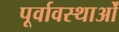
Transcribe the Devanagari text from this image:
पूर्वावस्थाओं